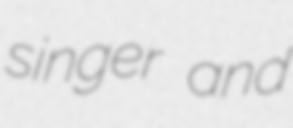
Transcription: singer and